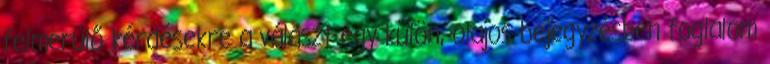
felmerülő kérdésekre a választ egy külön, olajos bejegyzésben foglalom